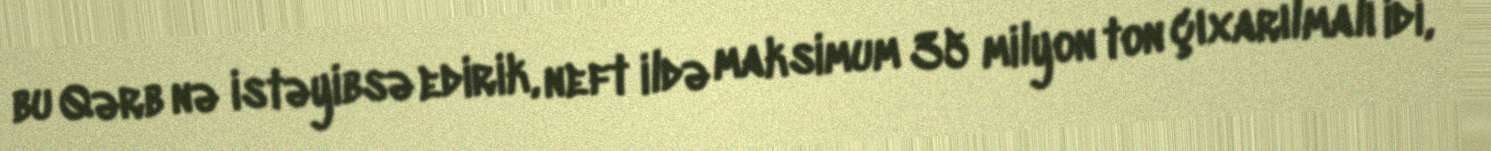
bu Qərb nə istəyibsə edirik, neft ildə maksimum 35 milyon ton çıxarılmalı idi,